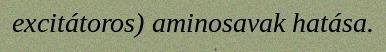
excitátoros) aminosavak hatása.